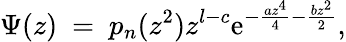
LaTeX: \Psi(z)\ =\ p_{n}(z^{2})z^{l-c}\mathrm{e}^{-{\frac{{az^{4}}}{{4}}}-{\frac{{bz^{2}}}{{2}}}},